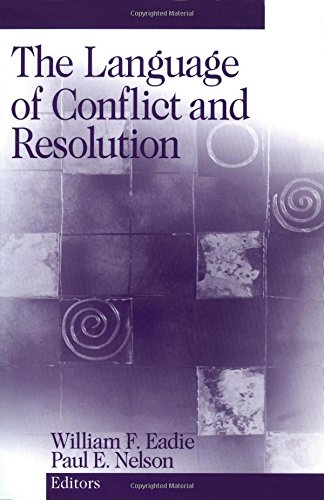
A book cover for The Language of Conflict and Resolution; Law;